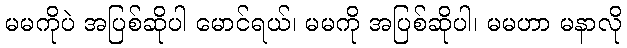
မမကိုပဲ အပြစ်ဆိုပါ မောင်ရယ်၊ မမကို အပြစ်ဆိုပါ၊ မမဟာ မနာလို